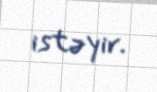
istəyir.